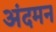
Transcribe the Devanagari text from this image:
अंदमन